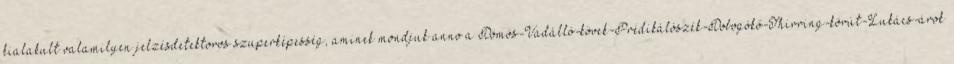
kialakult valamilyen jelzésdetektoros szuperképesség, aminek mondjuk anno a Dömös-Vadálló-kövek-Prédikálószék-Dobogókő-Thirring-körút-Lukács-árok